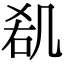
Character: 𠙏